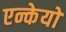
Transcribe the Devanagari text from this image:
एन्केयो